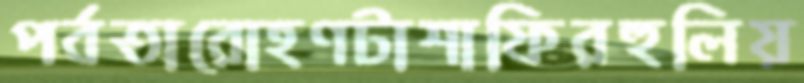
পর্বতারোহণটাশাফিরহুলিয়